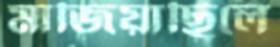
মাজিয়াছিলে